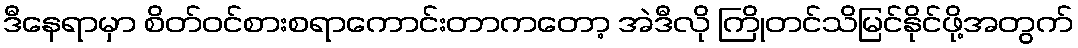
ဒီနေရာမှာ စိတ်ဝင်စားစရာကောင်းတာကတော့ အဲဒီလို ကြိုတင်သိမြင်နိုင်ဖို့အတွက်